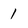
Character: 1